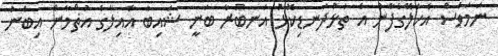
ނަމަވެސް އެކަލޭގެފާނު އެ ތަޅުދަނޑިކޮޅު އަނބުރާ ބަނީ ޝައިބާ އާއިލާގެ އުޡްމާން އިބްނު